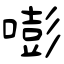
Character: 嘭